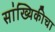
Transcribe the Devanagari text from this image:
सांख्यिकीचा